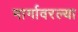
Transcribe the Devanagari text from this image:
मार्गावरल्या